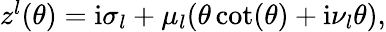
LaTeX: \begin{array}{r}{z^{l}(\theta)=\mathrm{i}\sigma_{l}+\mu_{l}(\theta\cot(\theta)+\mathrm{i}\nu_{l}\theta),}\end{array}